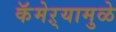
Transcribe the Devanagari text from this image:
कॅमेऱ्यामुळे